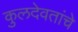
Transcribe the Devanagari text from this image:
कुलदेवतांचे